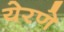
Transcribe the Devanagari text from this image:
येरणे